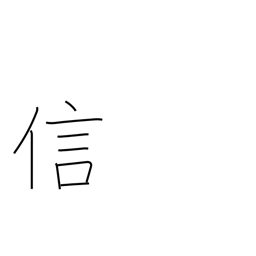
Meaning: fidelity